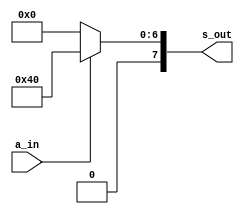
module Seg7_sign(a_in , s_out);
  input a_in;
  output [7:0] s_out;
  reg [7:0] temp;
  assign s_out = temp;
  always @(a_in) begin
  	if(a_in == 1) begin
  	    temp = 8'b01000000;
  	end
  	else begin
  		temp = 8'b00000000;
  	end
  end
endmodule